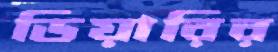
ডিয়ারির